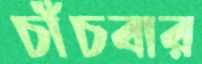
চাঁচবার